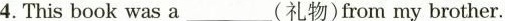
4.This book was a___(礼物)from my brother.